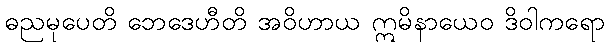
ဓညမုပေတိ ဘေဒေဟီတိ အဝိဟာယ ဣမိနာယေဝ ဒိဝါကရော